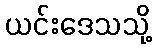
ယင်းဒေသသို့